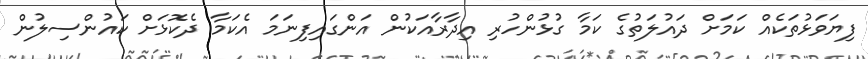
ފިޔަވަޅުތަކެއް ކަމަށް ދައުލަތުގެ ކަމާ ގުޅުންހުރި އިދާރާއަކުން އަންގައިފިނަމަ އެކަމާ ދެކޮޅަށް ކައުންސިލުން